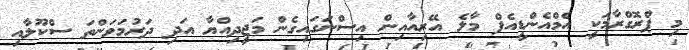
މި ޕްރޮގްރާމަކީ އެމްއެންޑީއެފް މާލެ އޭރިއާއިން އިސްނަގައިގެން މަޖީދިއްޔާ އަދި ދަރުމަވަންތަ ސްކޫލާއި